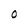
Character: O